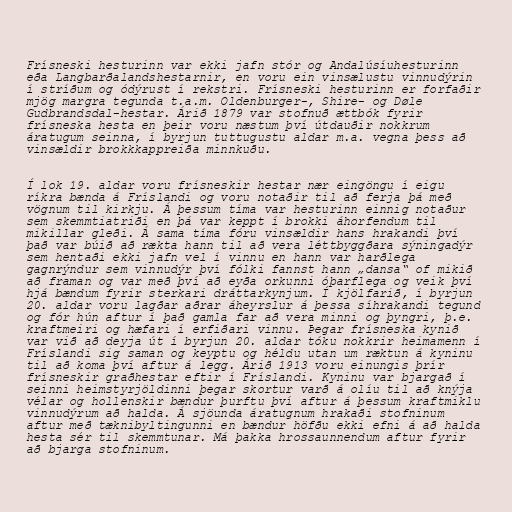
Frísneski hesturinn var ekki jafn stór og Andalúsíuhesturinn
eða Langbarðalandshestarnir, en voru ein vinsælustu vinnudýrin
í stríðum og ódýrust í rekstri. Frísneski hesturinn er forfaðir
mjög margra tegunda t.a.m. Oldenburger-, Shire- og Døle
Gudbrandsdal-hestar. Árið 1879 var stofnuð ættbók fyrir
frísneska hesta en þeir voru næstum því útdauðir nokkrum
áratugum seinna, í byrjun tuttugustu aldar m.a. vegna þess að
vinsældir brokkkappreiða minnkuðu.

Í lok 19. aldar voru frísneskir hestar nær eingöngu í eigu
ríkra bænda á Fríslandi og voru notaðir til að ferja þá með
vögnum til kirkju. Á þessum tíma var hesturinn einnig notaður
sem skemmtiatriði en þá var keppt í brokki áhorfendum til
mikillar gleði. Á sama tíma fóru vinsældir hans hrakandi því
það var búið að rækta hann til að vera léttbyggðara sýningadýr
sem hentaði ekki jafn vel í vinnu en hann var harðlega
gagnrýndur sem vinnudýr því fólki fannst hann „dansa“ of mikið
að framan og var með því að eyða orkunni óþarflega og veik því
hjá bændum fyrir sterkari dráttarkynjum. Í kjölfarið, í byrjun
20. aldar voru lagðar aðrar áheyrslur á þessa síhrakandi tegund
og fór hún aftur í það gamla far að vera minni og þyngri, þ.e.
kraftmeiri og hæfari í erfiðari vinnu. Þegar frísneska kynið
var við að deyja út í byrjun 20. aldar tóku nokkrir heimamenn í
Fríslandi sig saman og keyptu og héldu utan um ræktun á kyninu
til að koma því aftur á legg. Árið 1913 voru einungis þrír
frísneskir graðhestar eftir í Fríslandi. Kyninu var bjargað í
seinni heimstyrjöldinni þegar skortur varð á olíu til að knýja
vélar og hollenskir bændur þurftu því aftur á þessum kraftmiklu
vinnudýrum að halda. Á sjöunda áratugnum hrakaði stofninum
aftur með tæknibyltingunni en bændur höfðu ekki efni á að halda
hesta sér til skemmtunar. Má þakka hrossaunnendum aftur fyrir
að bjarga stofninum.